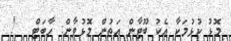
މޮޅު ކުޅުމަކާ އެކު ބޫޓާން އަތުން މޮޅުވާން: ހާބަޓް   !